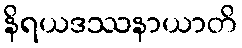
နိရယဒဿနာယာတိ